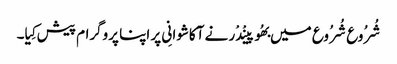
شُرُوع شُرُوع میں بھُوپینْدْر نے آکاشوانِی پر اپنا پروگرام پیش کِیا۔